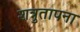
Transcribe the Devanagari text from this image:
शत्रुतापना